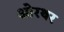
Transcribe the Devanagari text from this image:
ओरथर